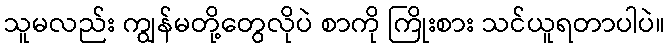
သူမလည်း ကျွန်မတို့တွေလိုပဲ စာကို ကြိုးစား သင်ယူရတာပါပဲ။